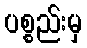
ပစ္စည်းမှ